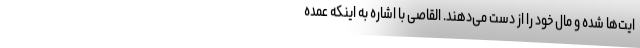
ایت‌ها شده و مال خود را از دست می‌دهند. القاصی با اشاره به اینکه عمده